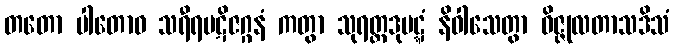
တတော ပါတောဝ သရီရပဋိဇဂ္ဂနံ ကတွာ သုရတ္တဒုပဋ္ဋံ နိဝါသေတွာ ဝိဇ္ဇုလတာသဒိသံ